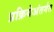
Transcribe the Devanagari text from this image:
प्रक्रियेअंतर्गत